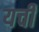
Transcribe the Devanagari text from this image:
यची